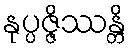
နုပ္ပဇ္ဇိဿန္တိ